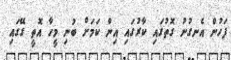
ފަހުން އެނގުނު ގޮތުގައި ކާރުގައި އިން ކަމަށް ބުނި މީހާ އޮތީ ގޭގައި